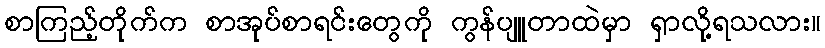
စာကြည့်တိုက်က စာအုပ်စာရင်းတွေကို ကွန်ပျူတာထဲမှာ ရှာလို့ရသလား။